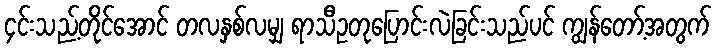
၄င်းသည့်တိုင်အောင် တလနှစ်လမျှ ရာသီဥတုပြောင်းလဲခြင်းသည်ပင် ကျွန်တော့်အတွက်